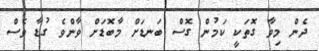
ދެން މިވާ ގޮތަކީ ކަމުން ގޮސް ބަނޑަށް މާބޮޑަށް ވާންވެ ގުޑާ ވެސް